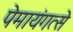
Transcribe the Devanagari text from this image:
पेमायंगत्से